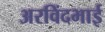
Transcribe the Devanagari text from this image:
अरविंदभाई